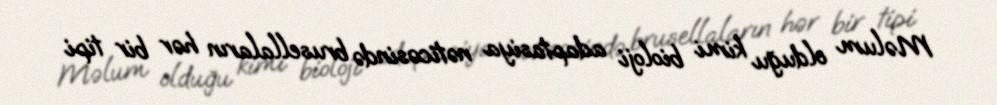
Məlum olduğu kimi bioloji adaptasiya nəticəsində brusellaların hər bir tipi